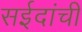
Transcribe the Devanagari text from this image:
सईदांची